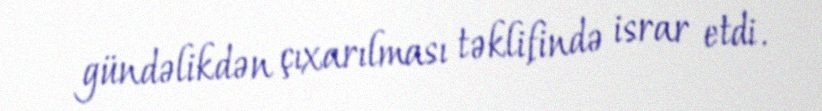
gündəlikdən çıxarılması təklifində israr etdi.